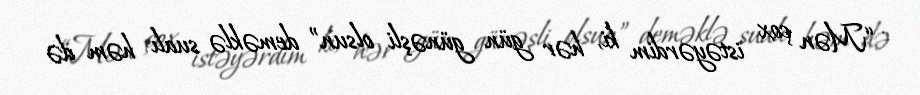
“Mən çox istəyərdim ki, hər gün günəşli olsun” deməklə sualı həm də